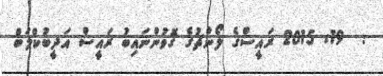
:  19